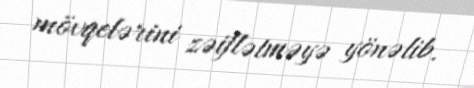
mövqelərini zəiflətməyə yönəlib.